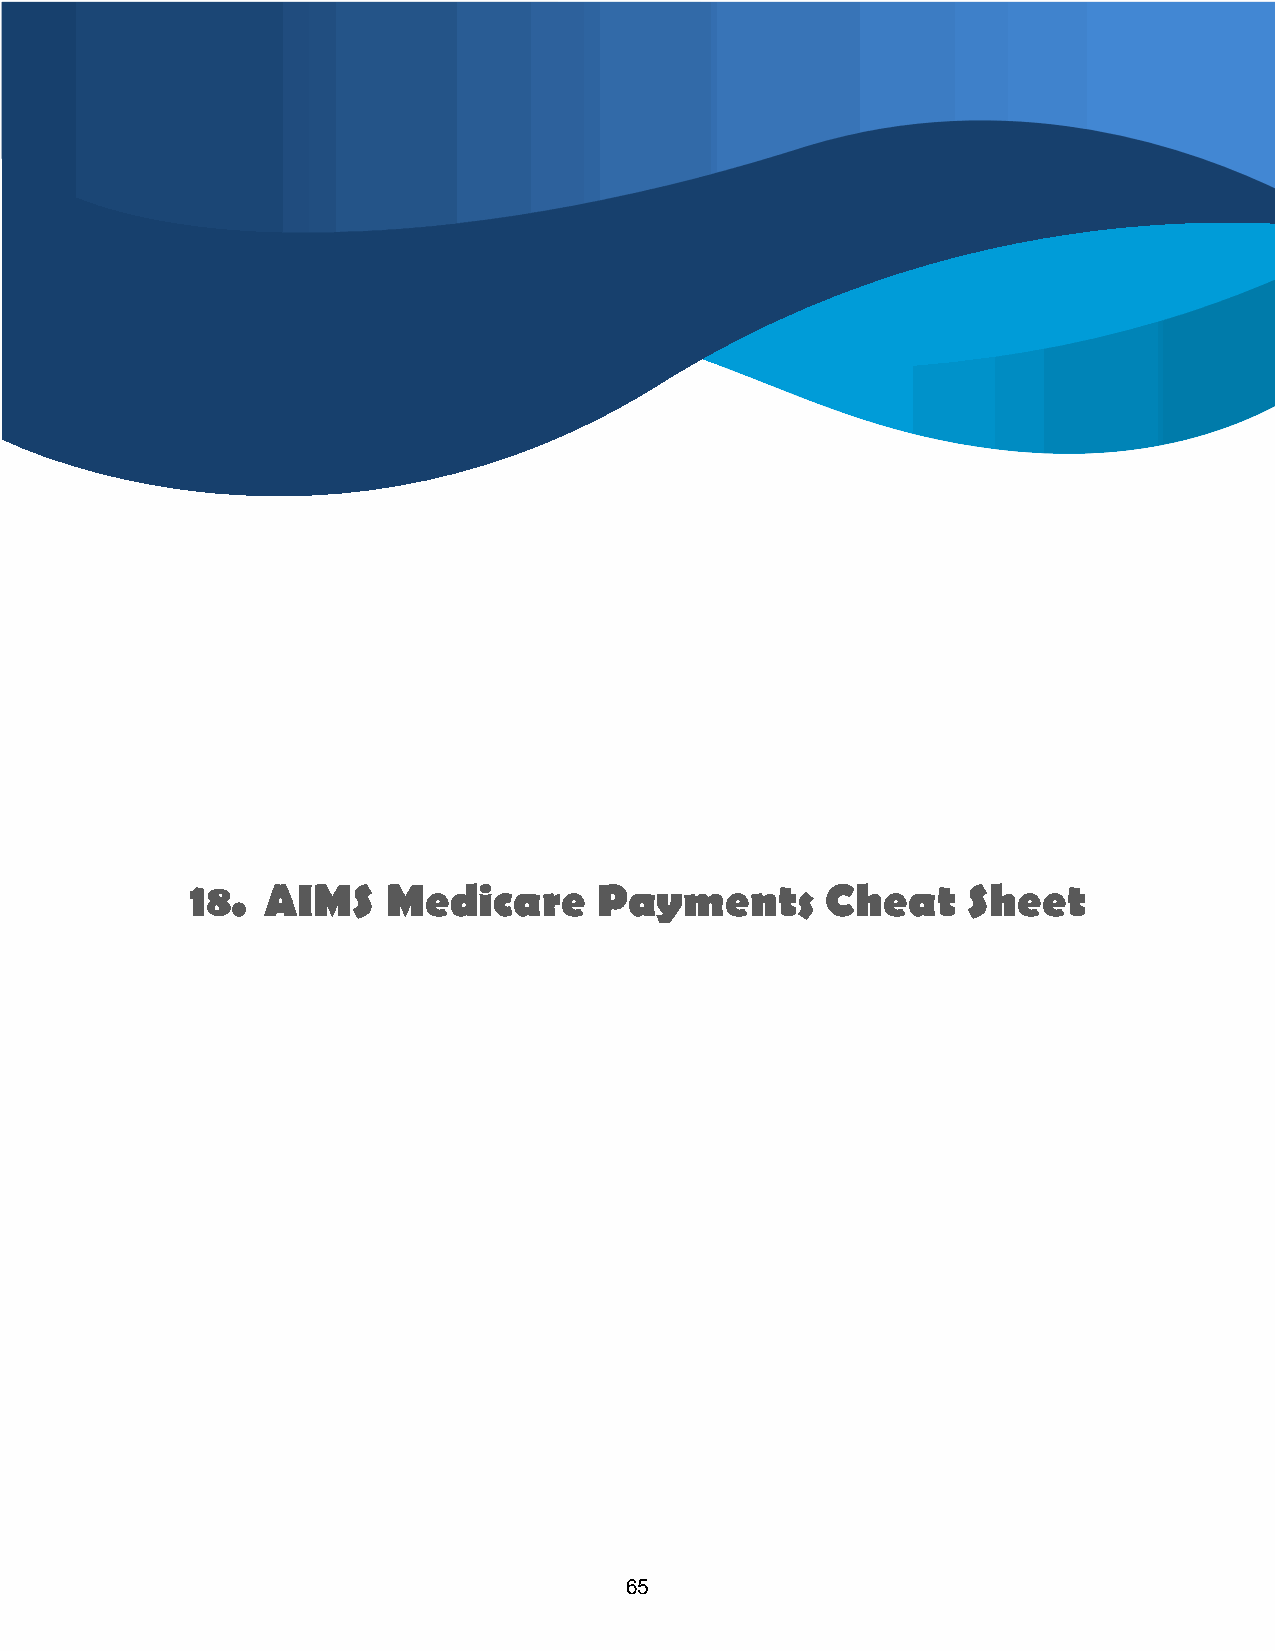
18. AIMS     Medicare      Payments       Cheat    Sheet
 65